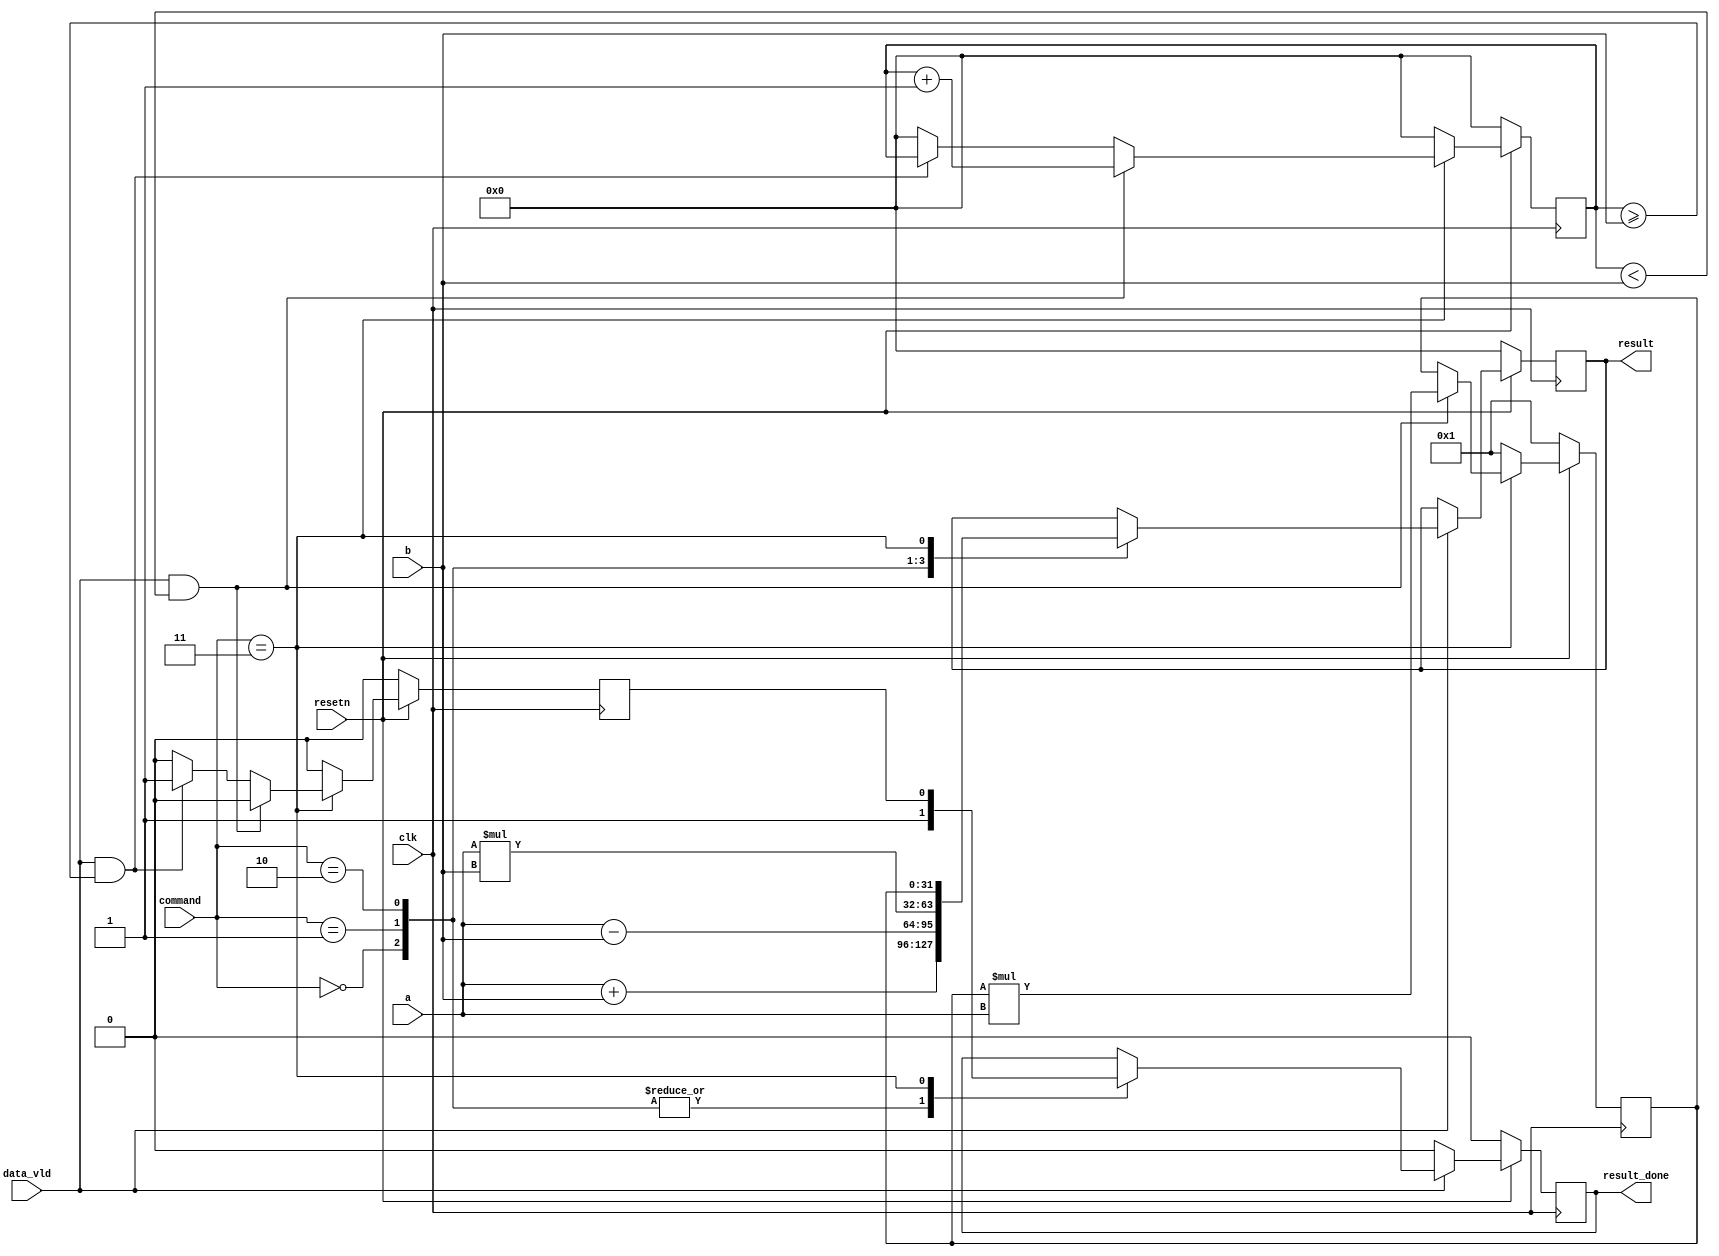
`timescale 1ns / 1ps
//////////////////////////////////////////////////////////////////////////////////
// Company: 
// Engineer: 
// 
// Design Name: 
// Module Name: alu
// Project Name: 
// Target Devices: 
// Tool Versions: 
// Description: 
// 
// Dependencies: 
// 
// Revision:
// Revision 0.01 - File Created
// Additional Comments:
// 
//////////////////////////////////////////////////////////////////////////////////


module alu(
    input clk,
    input resetn,
    input [31:0] a,
    input [31:0] b,
    input [23:0] command,
    input data_vld,
    output reg result_done,
    output reg [31:0] result
    );
    reg [31:0] result_power;    //powerreg
    reg done_power;             //flagpower result_power  reg3
    reg [31:0] counter;         // power  for  i
    always @(posedge clk) begin
        if (resetn == 0) begin
            result <= 0;
            result_done <= 0;
        end else begin
            if (data_vld) 
                begin  //
                case (command)
                    0: begin result <= $signed(a) + $signed(b); result_done <= 1; end
                    1: begin result <= $signed(a) - $signed(b); result_done <= 1; end
                    2: begin result <= $signed(a) * $signed(b); result_done <= 1; end
                    3: begin result <= result_power; result_done <= done_power; end 
                        //power clkresult_done1
                        // done_power 
                    default: result <= result;
                endcase
                end
            else 
                begin
                result <= result; result_done <= 0;
                end
        end
    end
    
    //calculating the power operation
    //powerdone_power
    always @ (posedge clk) begin
        if (resetn == 0) 
        begin
            result_power <= 1; //result1
            done_power <= 0;
            counter <= 0; // i = 0
        end 
        
        else begin
            if (command == 3) begin
                if (data_vld == 1 && counter < b) begin 
                    // counter < b forclkcheck
                    //counter
                    result_power <= result_power * a;
                    counter <= counter + 1;
                    done_power <= 0; //done_power0
                end 
                else if (data_vld == 1 && counter >= b) begin
                    //counter >= b
                    // done_power  1module
                    result_power <= result_power;
                    counter <= counter;
                    done_power <= 1;
                end 
                else begin //reset
                    result_power <= result_power;
                    done_power <= 0;
                    counter <= 0;
                end
             end 
             else begin // power commandreset
                  result_power <= 1;
                  done_power <= 0;
                  counter <= 0;
             end
        end
    end
endmodule